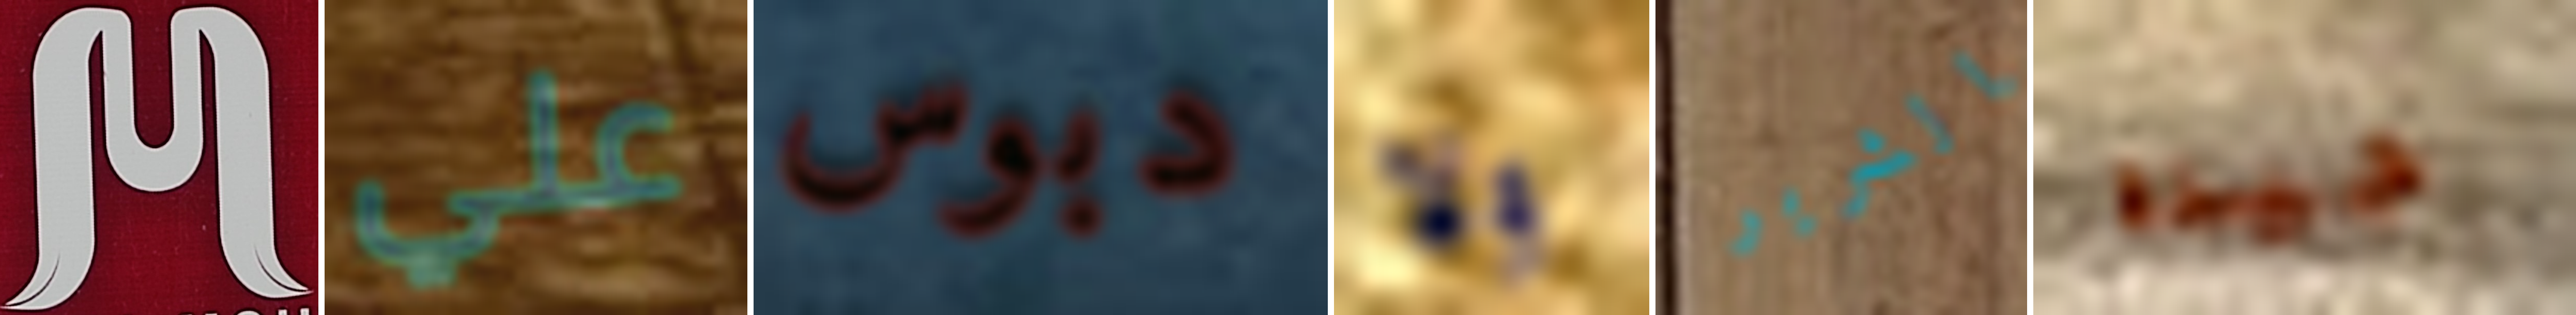
M علي دبوس ولا الشرير جيده